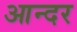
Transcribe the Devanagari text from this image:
आन्दर